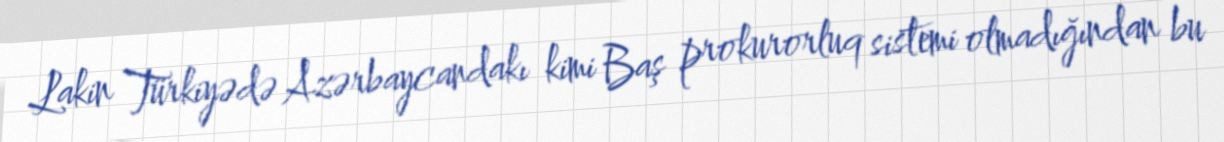
Lakin Türkiyədə Azərbaycandakı kimi Baş prokurorluq sistemi olmadığından bu